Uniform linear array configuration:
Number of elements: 16
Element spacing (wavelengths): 0.75
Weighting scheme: kaiser
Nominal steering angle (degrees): -60
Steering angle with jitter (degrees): -60.521
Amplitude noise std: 0.05
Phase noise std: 0.05

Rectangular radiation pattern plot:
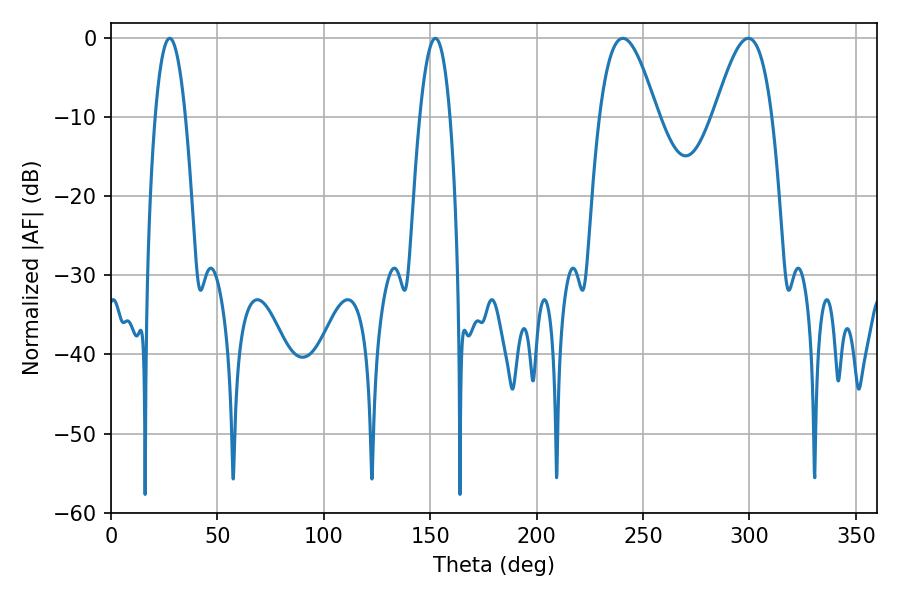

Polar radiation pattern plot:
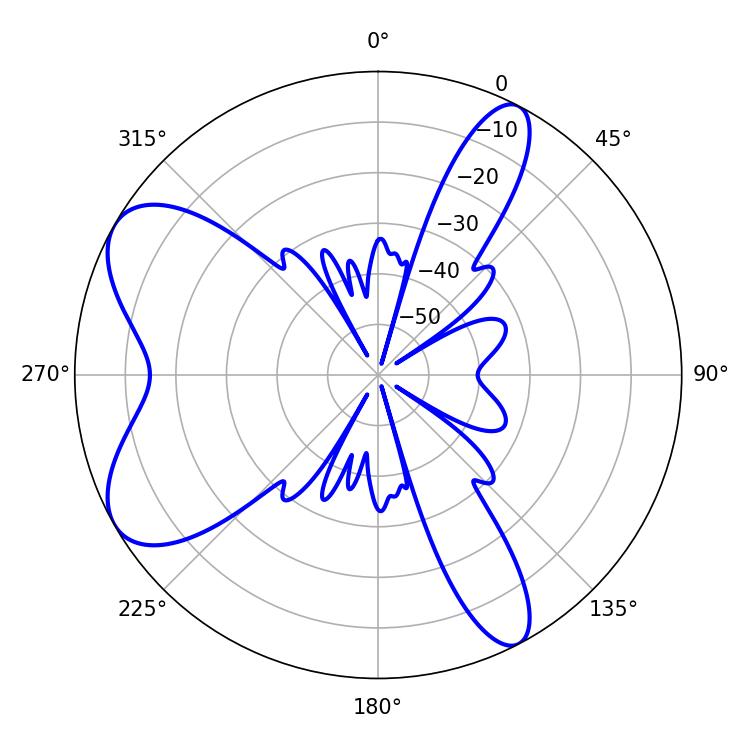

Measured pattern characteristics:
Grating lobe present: TRUE
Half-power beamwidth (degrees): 14.76
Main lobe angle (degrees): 299.52